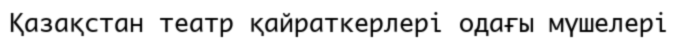
Қазақстан театр қайраткерлері одағы мүшелері